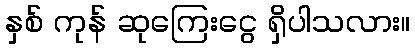
နှစ် ကုန် ဆုကြေးငွေ ရှိပါသလား။